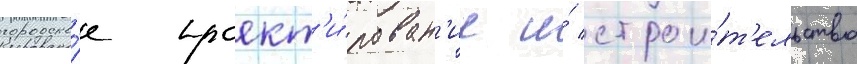
городско́е проект'и́рован'ие и́ строи́т'ельство